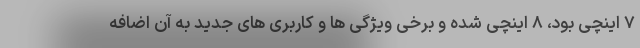
۷ اینچی بود، ۸ اینچی شده و برخی ویژگی ها و کاربری های جدید به آن اضافه